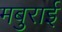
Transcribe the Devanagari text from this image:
मबुराई